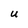
Character: U